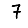
Digit: 7